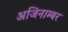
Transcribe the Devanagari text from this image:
अजिनाम्बर